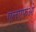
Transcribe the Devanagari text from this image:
एलएफओ